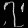
Digit: ၇